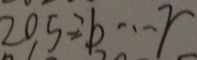
2 0 5 \div b \cdots r